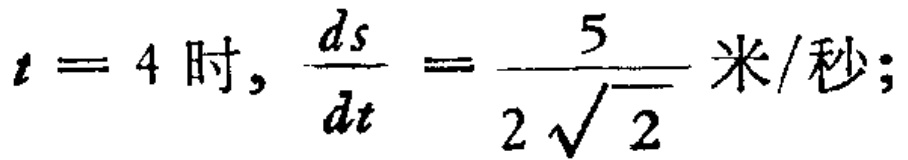
$t = 4\text{ 时}, \frac{ds}{dt} = \frac{5}{2\sqrt{2}}\text{ 米/秒;}$